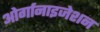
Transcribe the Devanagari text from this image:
ओर्गानाइजेशन